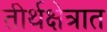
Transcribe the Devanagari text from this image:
तीर्थक्षेत्रात